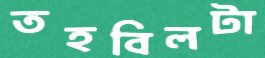
তহবিলটা